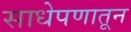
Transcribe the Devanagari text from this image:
साधेपणातून